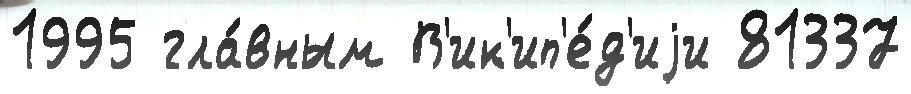
1995 гла́вным В'ик'ип'е́д'иjи 81337